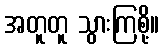
အတူတူ သွားကြစို့။